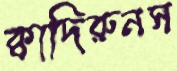
ক্বাদিরুনস